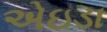
એઇડા